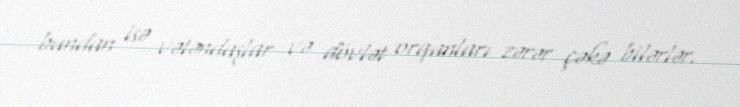
bundan isə vətəndaşlar və dövlət orqanları zərər çəkə bilərlər.